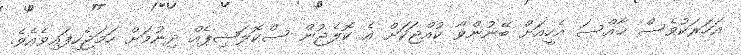
އަހަރަކުވެސް ޚާއްސަ އެހީއަށް ބޭނުންވާ ކުއްޖަކަށް އެ ކޮލެޖުން ސްކޮލަޝިޕެއް ދިނުމަށް ހަމަޖެހިފައިވެއެވެ.